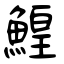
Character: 鰉